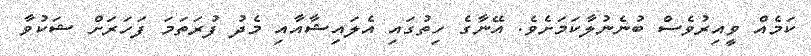
ކަމެއް ވީއިރުވެސް ބުނެނުލާކަމަށެވެ. އޭނާގެ ހިތުގައި އެލައިޝާއާއި މެދު ފުރަތަމަ ފަހަރަށް ޝަކުވާ